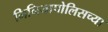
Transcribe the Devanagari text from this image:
मिनियापोलिसच्या